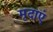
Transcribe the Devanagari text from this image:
मृदाएं